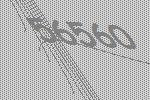
56560